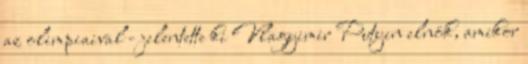
az olimpiaival - jelentette ki Vlagyimir Putyin elnök, amikor